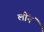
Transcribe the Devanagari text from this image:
लींनं